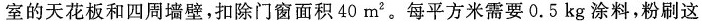
室的天花板和四周墙壁，扣除门窗面积40m^{2}。每平方米需要0.5kg涂料，粉刷这